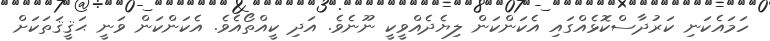
ހަމައެކަނި ކަރުދާސްކޮޅެއްގައި އެކަންކަން ލިޔެދެއްވީކީ ނޫނެވެ. އަދި ކީއްތޯއެވެ. އެކަންކަން ވަނީ ޙަޤީޤަތަކަށް